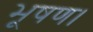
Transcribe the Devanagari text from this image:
भूषण।